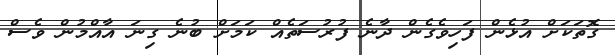
ގޮތަކަށް އުޅެން ފަހިވެގެން ދާނެ ފުރުސަތެއް ކަމަށް ބުނެ ގިނަ އާއްމުން ވެސް